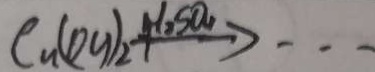
\rho _ { u } ( O H ) _ { 2 } \xrightarrow { H _ { 2 } S O _ { 4 } } \cdots